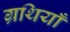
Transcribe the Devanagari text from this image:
ग्रथियाँ